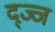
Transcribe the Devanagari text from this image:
द्ज्ज